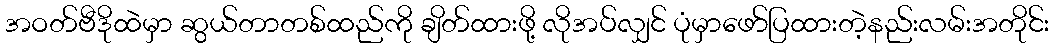
အဝတ်ဗီဒိုထဲမှာ ဆွယ်တာတစ်ထည်ကို ချိတ်ထားဖို့ လိုအပ်လျှင် ပုံမှာဖော်ပြထားတဲ့နည်းလမ်းအတိုင်း